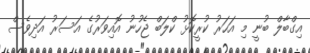
އިގްބާލް ބުނީ މި އަހަރު ކުރީކޮޅު ކްލަބް ޖެހުނު އޮއިވަރުގެ އަސަރު އަދިވެސް